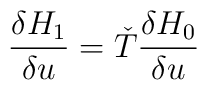
{\delta H_1 \over \delta u}= {\check T}{\delta H_0 \over \delta u}